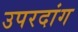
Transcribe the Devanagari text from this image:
उपरदांग